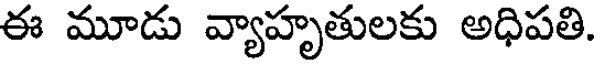
ఈ మూడు వ్యాహృతులకు అధిపతి.